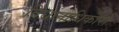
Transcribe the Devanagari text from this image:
विधानाधिकारों